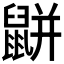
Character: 𪕒